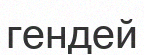
гендей